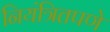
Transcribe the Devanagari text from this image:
नियंत्रितपणे